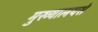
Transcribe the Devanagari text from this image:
मुख्यालयसे